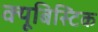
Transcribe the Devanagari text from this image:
क्यूबिस्टिक